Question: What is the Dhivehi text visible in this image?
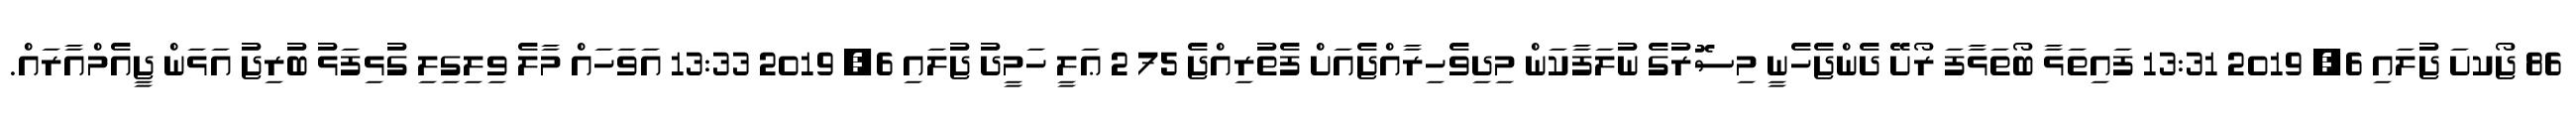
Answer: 86 ޖޯކށަ ޖުލައި 6, 2019 13:31 ފައިތަޅާ ބޯތަޅާފަ ރޯށޭ ދެންޖެހެނީ މިސޮރުގެ ނުލަފާކަން މިދިވެހިރާއްޖެއަށް ފެތުރިއްޖެ 75 2 ޢަލީ ހަމީދު ޖުލައި 6, 2019 13:33 އަވަހައް މާލެ ވިލިގިލި ގުޅިފަޅު ބުރިޖު އަޅަން ޖީއެމްއާރައް.